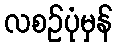
လစဉ်ပုံမှန်